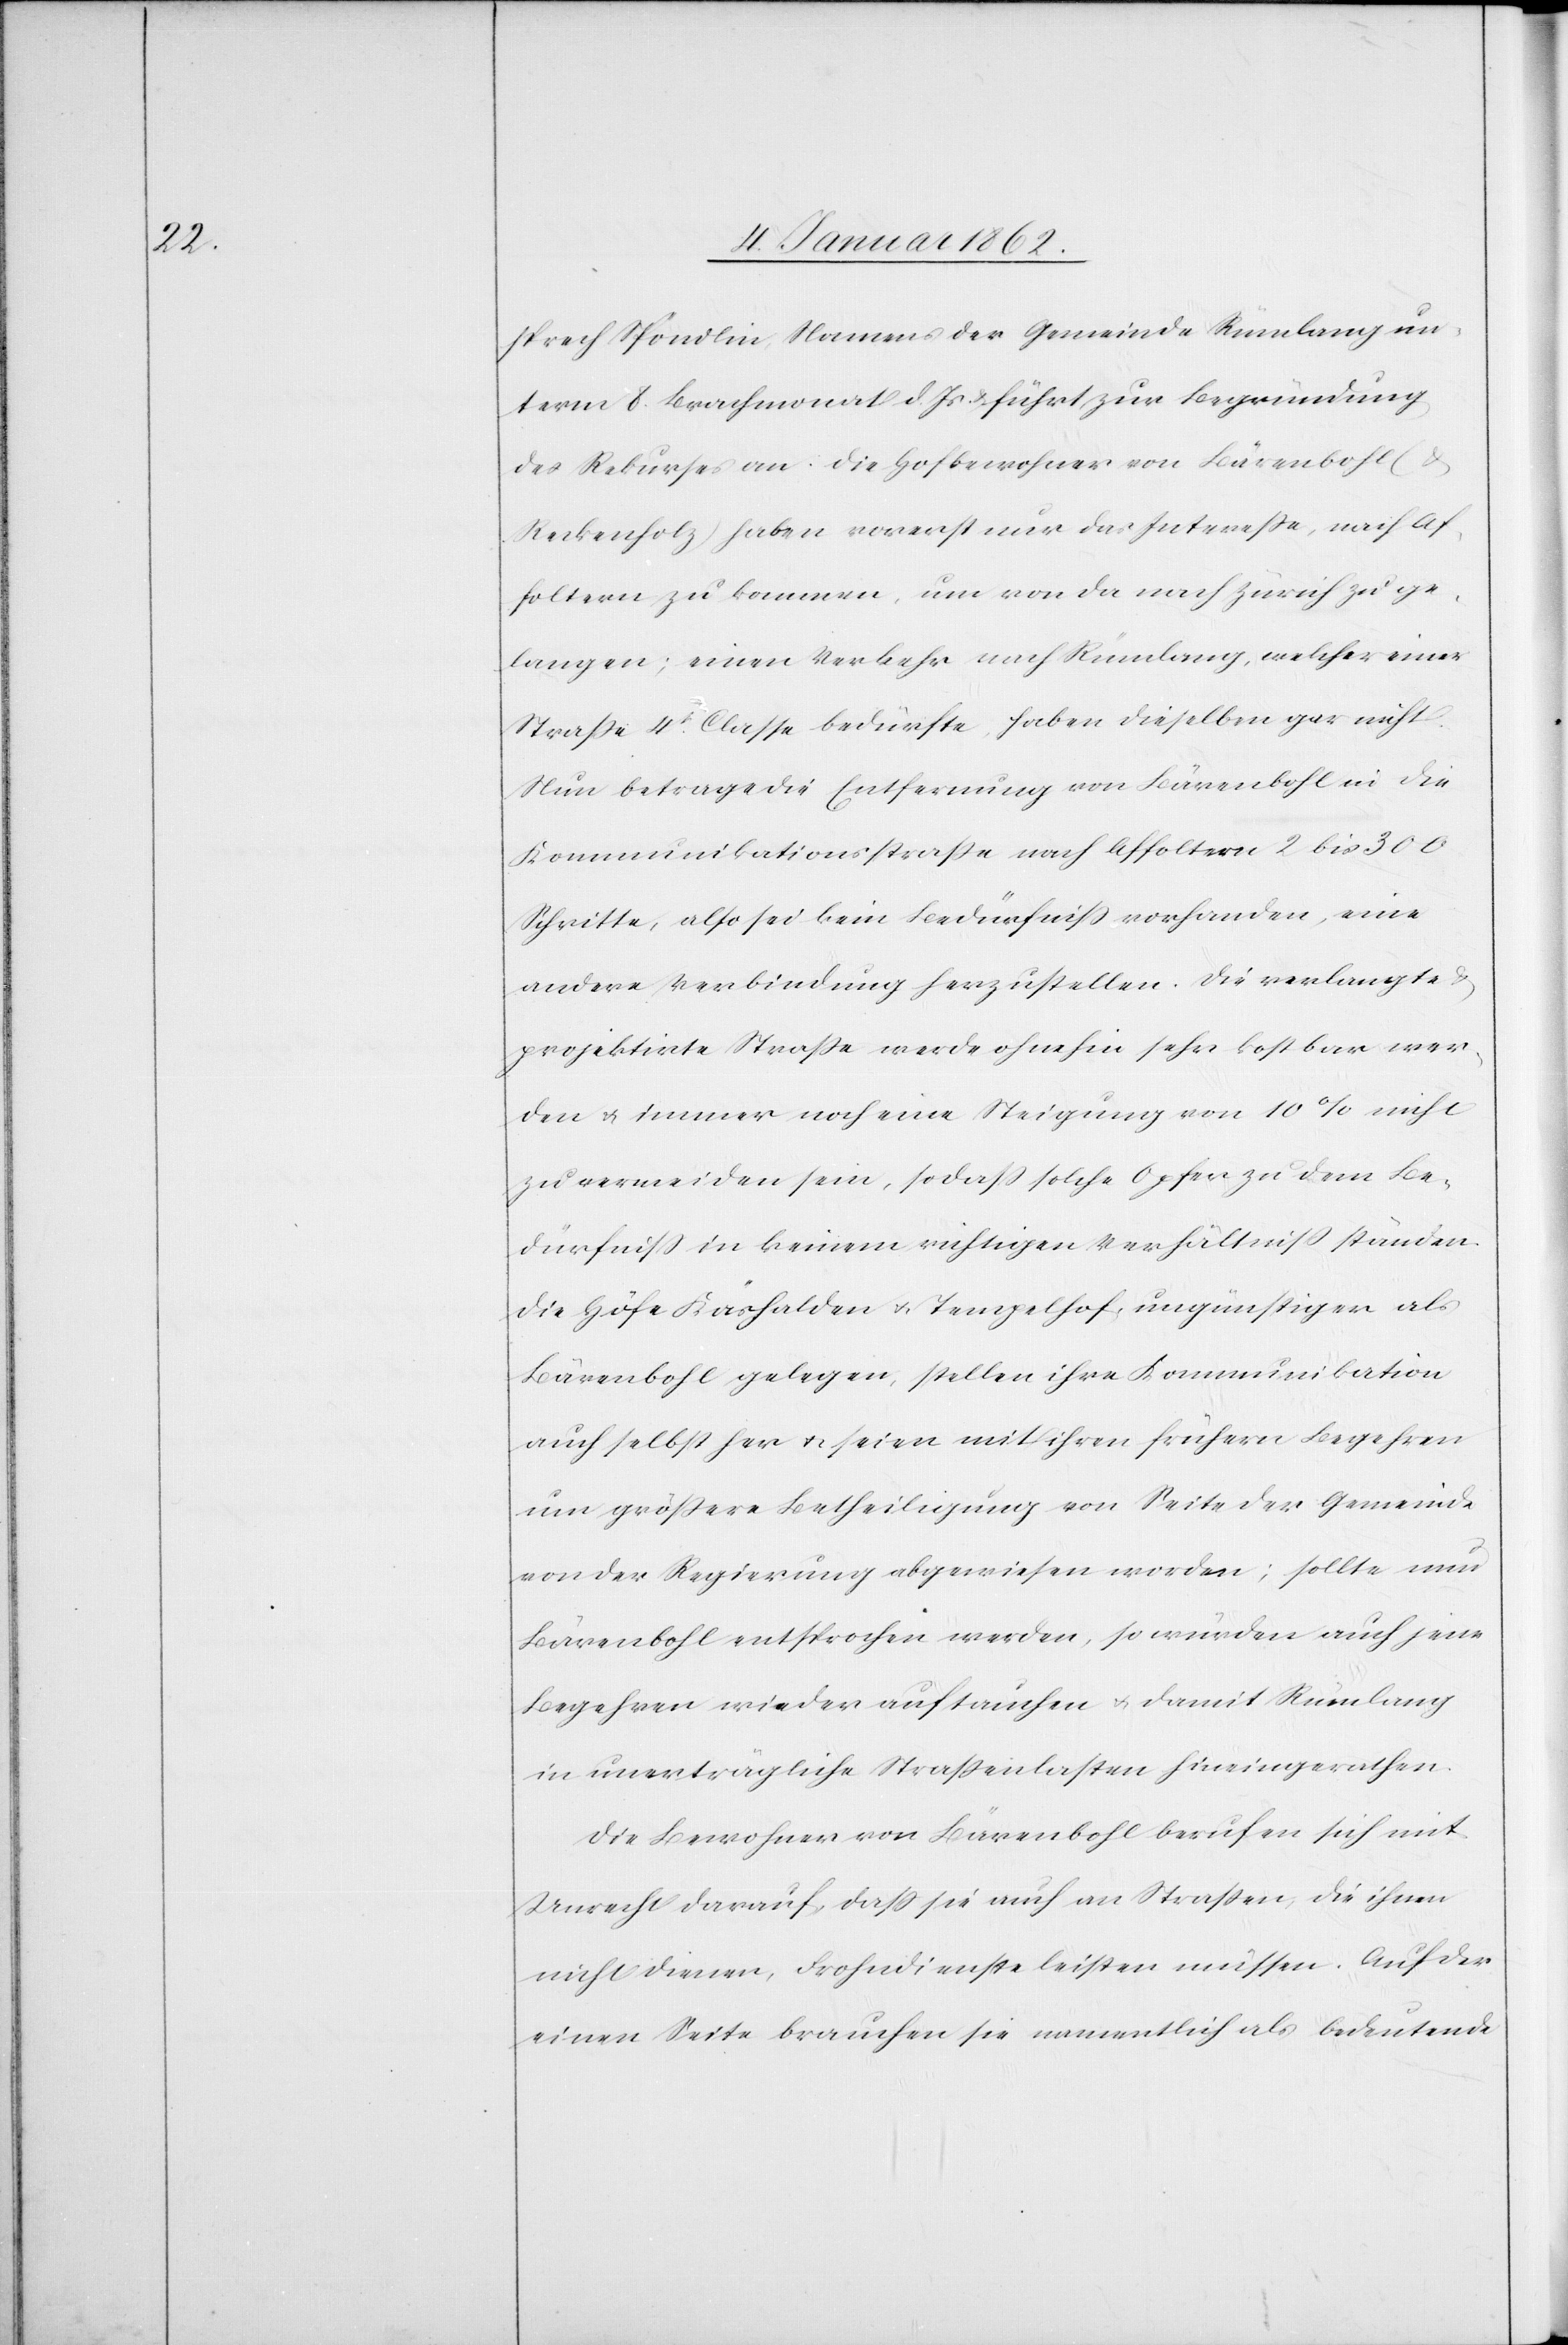
sprech Spondlin Namens der Gemeinde Rümlang un¬
term 8. Brachmonat d. Js. u. führt zur Begründung
des Rekurses an: Die Hofbewohner von Bärenbohl (u.
Reckenholz) haben vorerst nur das Intereße, nach Af¬
foltern zu kommen, um von da nach Zürich zu ge¬
langen; einen Verkehr nach Rümlang, welcher einer
Straße 4t. Classe bedürfe, haben dieselben gar nicht.
Nun betrage die Entfernung von Bärenbohl in die
Kommunikationsstraße nach Affoltern 2 bis 300
Schritte, also sei kein Bedürfniß vorhanden, eine
andere Verbindung herzustellen. Die verlangte u.
projektirte Straße werde ohnehin sehr kostbar wer¬
den u. immer noch eine Steigung von 10% nicht
zu vermeiden sein, sodaß solche Opfer zu dem Be¬
dürfniß in keinem richtigen Verhältniß ständen.
Die Höfe Käshalden u. Tempelhof, ungünstiger als
Bärenbohl gelegen, stellen ihre Kommunikation
auch selbst her u. seien mit ihren frühern Begehren
um größere Betheiligung von Seite der Gemeinde
von der Regierung abgewiesen worden; sollte nun
Bärenbohl entsprochen werden, so würden auch jene
Begehren wieder auftauchen u. damit Rümlang
in unerträgliche Straßenlasten hineingerathen.
Die Bewohner von Bärenbohl berufen sich mit
Unrecht darauf, daß sie auch an Straßen, die ihnen
nicht dienen, Frohndienste leisten müssen. Auf der
einen Seite brauchen sie namentlich als bedeutende